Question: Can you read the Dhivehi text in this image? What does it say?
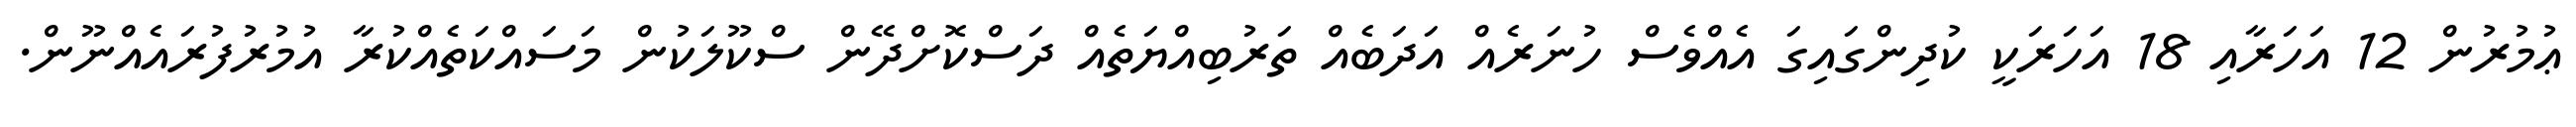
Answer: ޢުމުރުން 12 އަހަރާއި 18 އަހަރަކީ ކުދިންގައިގަ އެއްވެސް ހުނަރެއް އަދަބެއް ތަރުބިއްޔަތެއް ދަސްކޮށްދޭން ސްކޫލަކުން މަސައްކަތެއްކުރާ އުމުރުފުރައެއްނޫން.